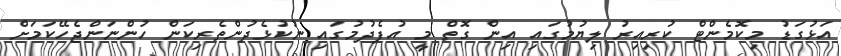
އަޅުގަޑު މިކޮމެންޓް ކުރިއިރު ލިޔުމުގައި އިން ގޮތް މީ އުފެދުމުގައި ނުކުޅެދުންތެރިކަން ހުންނަންޖެހޭކަމަށް